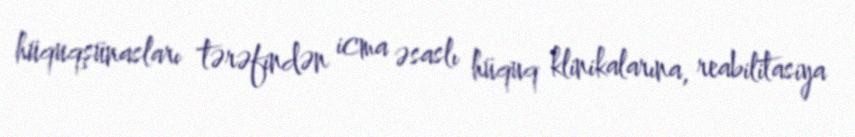
hüquqşünasları tərəfindən icma əsaslı hüquq klinikalarına, reabilitasiya